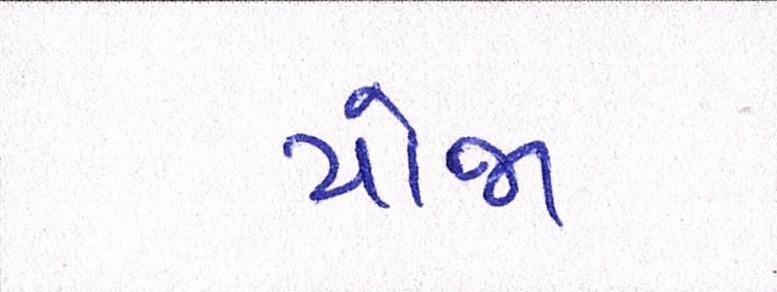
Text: યોજા